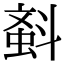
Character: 𣂂